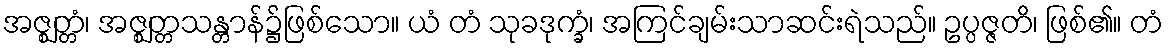
အဇ္ဈတ္တံ၊ အဇ္ဈတ္တသန္တာန်၌ဖြစ်သော။ ယံ တံ သုခဒုက္ခံ၊ အကြင်ချမ်းသာဆင်းရဲသည်။ ဥပ္ပဇ္ဇတိ၊ ဖြစ်၏။ တံ